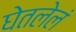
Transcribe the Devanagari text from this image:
घेतलेलं